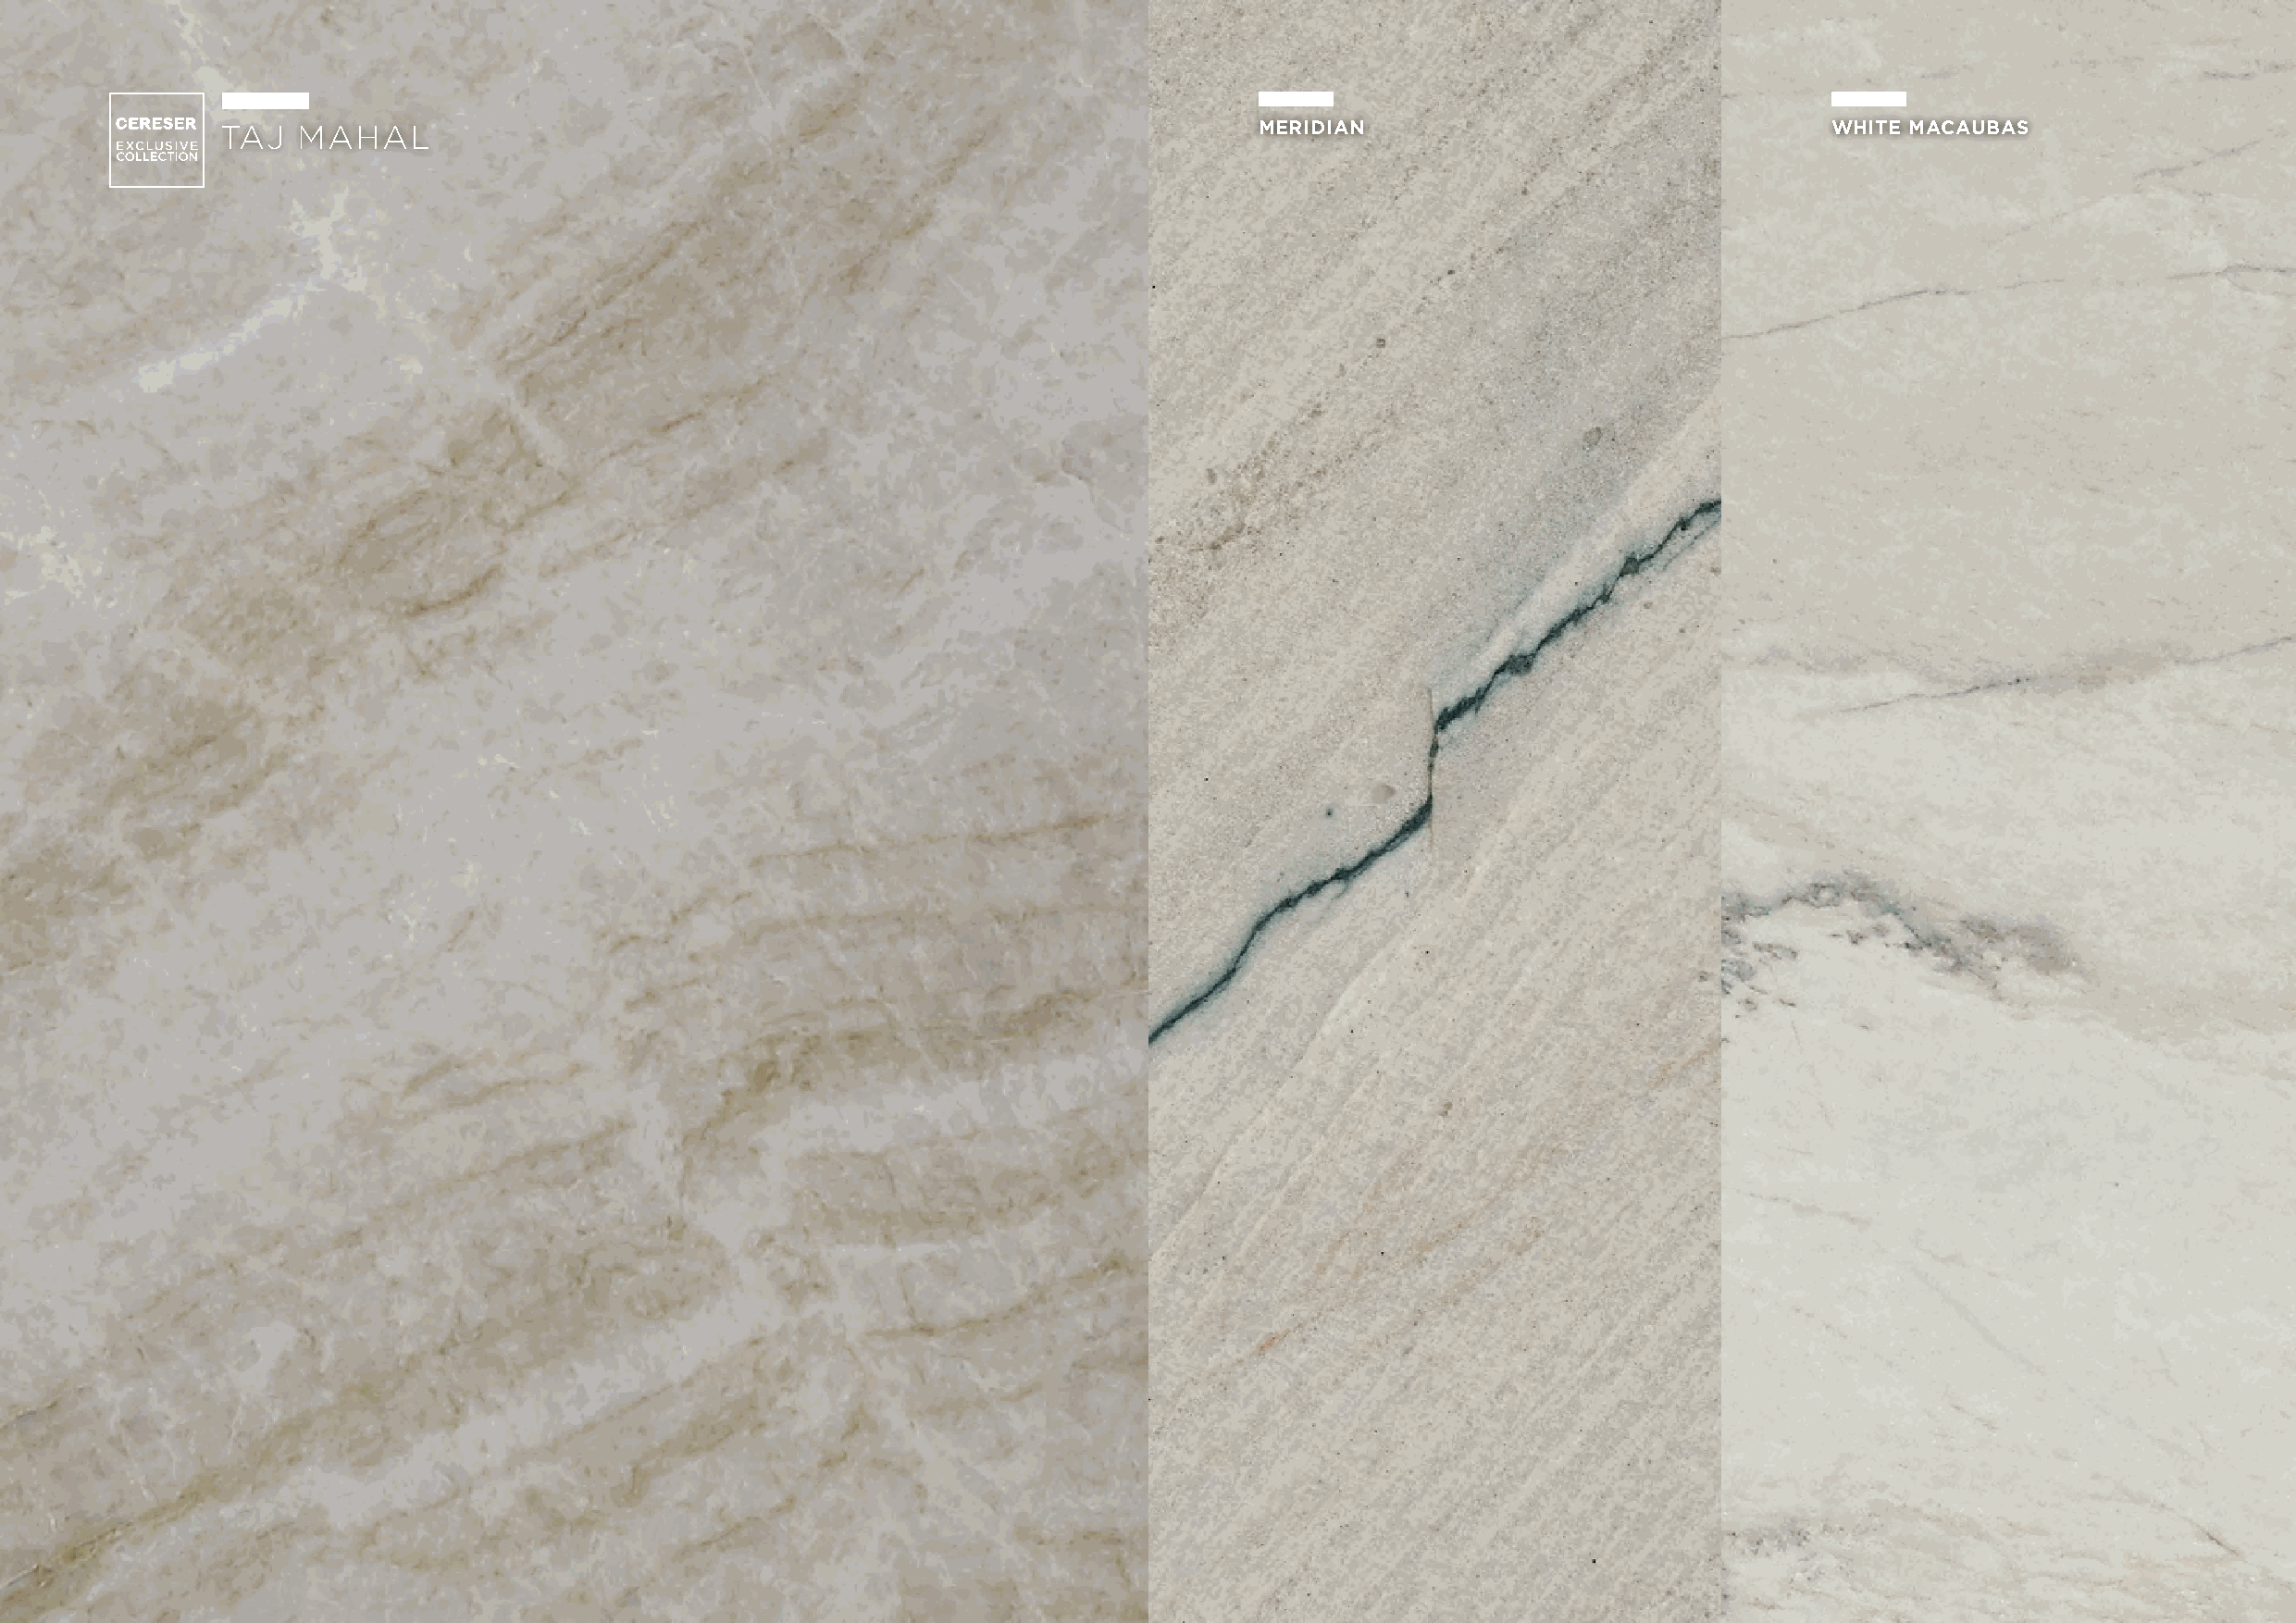
TAJ  MAHAL                                                                MERIDIAN                                 WHITE MACAUBAS